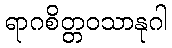
ရာဂစိတ္တဝသာနုဂါ